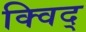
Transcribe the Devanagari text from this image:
क्विद्